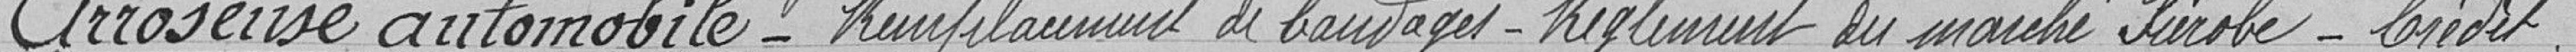
Arroseuse automobile - Remplacement de bandages - Règlement du marché Firobe - Crédit.